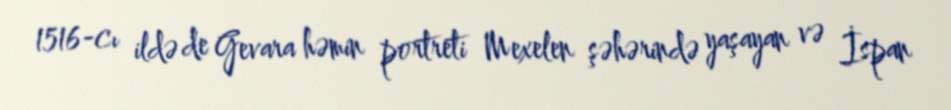
1516-cı ildə de Gevara həmin portreti Mexelen şəhərində yaşayan və İspan